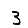
Digit: 3